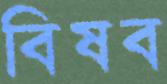
বিষব